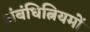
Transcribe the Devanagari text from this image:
अंबंधित्नियमों